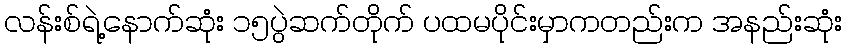
လန်းစ်ရဲ့နောက်ဆုံး ၁၅ပွဲဆက်တိုက် ပထမပိုင်းမှာကတည်းက အနည်းဆုံး